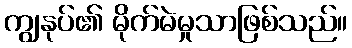
ကျွနုပ်၏ မိုက်မဲမှုသာဖြစ်သည်။